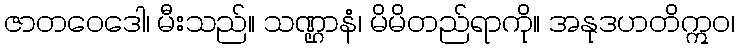
ဇာတဝေဒေါ၊ မီးသည်။ သဏ္ဌာနံ၊ မိမိတည်ရာကို။ အနုဒဟတိဣဝ၊